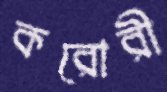
করোরী